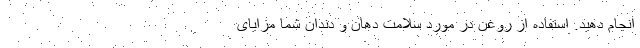
انجام دهید. استفاده از روغن در مورد سلامت دهان و دندان شما مزایای